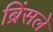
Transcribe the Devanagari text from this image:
ब्रिंसले